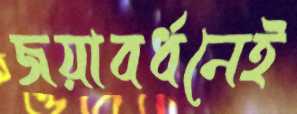
জয়াবর্ধনেই